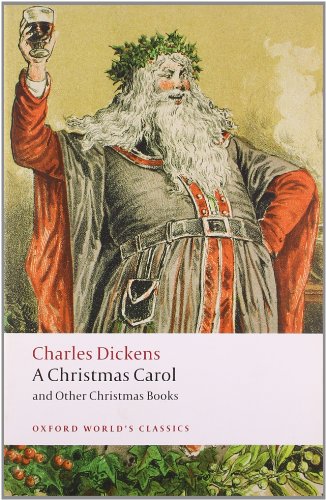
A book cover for A Christmas Carol and Other Christmas Books (Oxford World's Classics); Charles Dickens; Literature & Fiction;